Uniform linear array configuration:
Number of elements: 4
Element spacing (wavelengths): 1
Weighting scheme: hann
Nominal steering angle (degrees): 0
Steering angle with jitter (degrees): -0.4956
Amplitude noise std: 0.05
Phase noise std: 0.05

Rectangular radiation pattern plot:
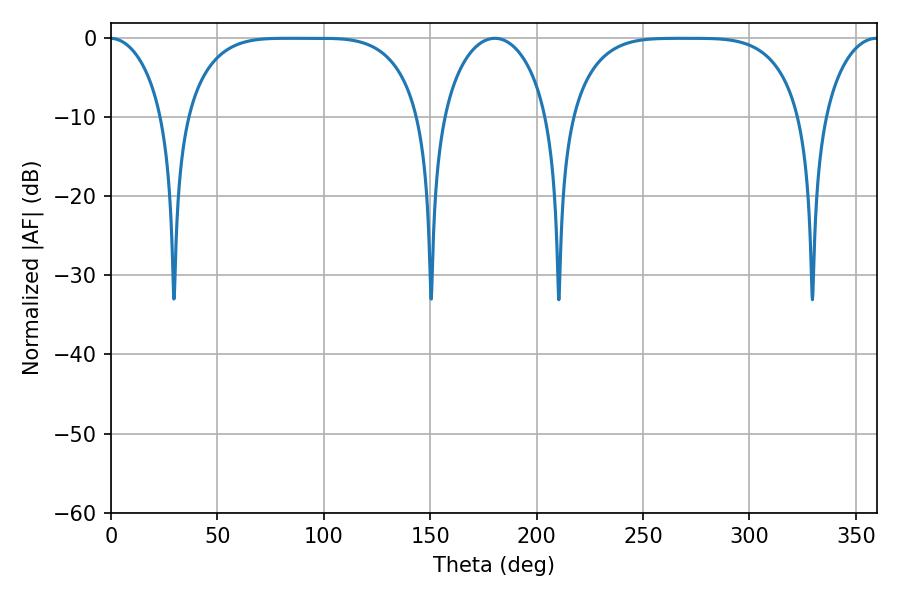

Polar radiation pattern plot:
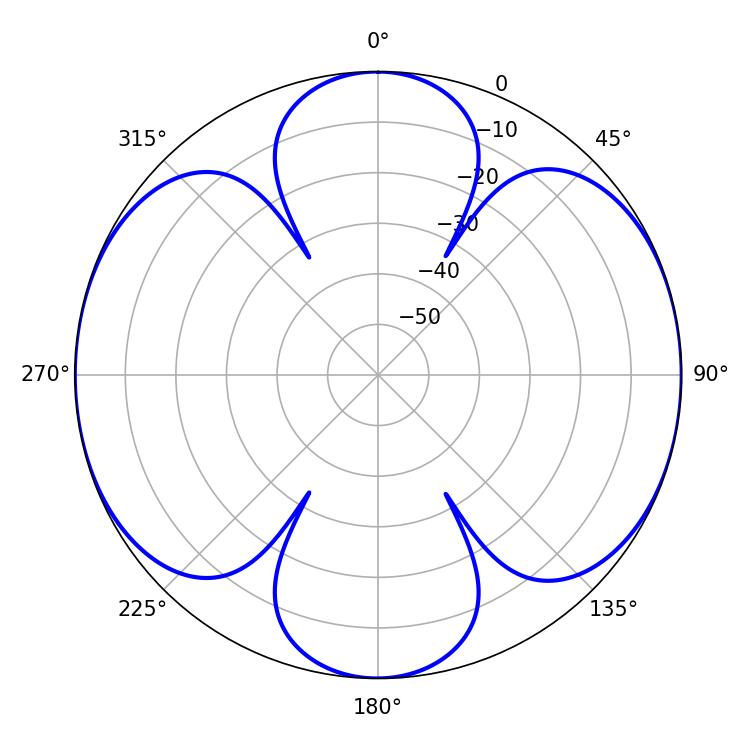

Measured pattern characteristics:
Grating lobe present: TRUE
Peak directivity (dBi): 18.803
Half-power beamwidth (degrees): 28.8
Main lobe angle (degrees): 180.36